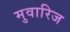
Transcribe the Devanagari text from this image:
मुवारिज